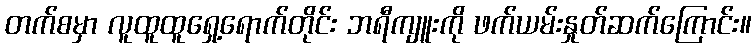
တက်စမှာ လူထူထူရှေ့ရောက်တိုင်း ဘရီကျူးကို ဖက်ယမ်းနှုတ်ဆက်ကြောင်း။